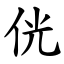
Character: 侊